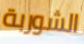
الشوربة